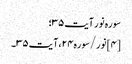
سوره نور آیت ۳۵؛
[۴] نور/سوره۲۴، آیت ۳۵۔